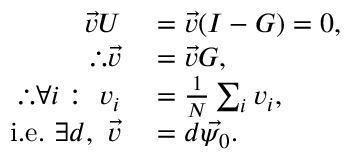
\begin{array} { r l } { \vec { v } U } & { { } = \vec { v } ( I - G ) = 0 , } \\ { \therefore \vec { v } } & { { } = \vec { v } G , } \\ { \therefore \forall i : \ v _ { i } } & { { } = \frac { 1 } { N } \sum _ { i } v _ { i } , } \\ { \mathrm { i . e . } \ \exists d , \ \vec { v } } & { { } = d \vec { \psi _ { 0 } } . } \end{array}